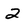
Character: 2